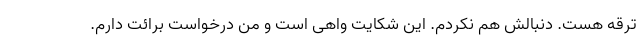
ترقه هست. دنبالش هم نکردم. این شکایت واهی است و من درخواست برائت دارم.